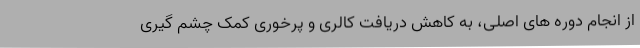
از انجام دوره های اصلی، به کاهش دریافت کالری و پرخوری کمک چشم گیری